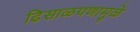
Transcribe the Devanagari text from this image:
ढिसाळपणामुळे